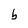
Character: b